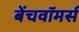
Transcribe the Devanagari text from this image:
बेंचवॉमर्स